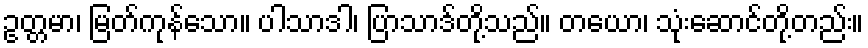
ဥတ္တမာ၊ မြတ်ကုန်သော။ ပါသာဒါ၊ ပြာသာဒ်တို့သည်။ တယော၊ သုံးဆောင်တို့တည်း။